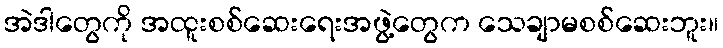
အဲဒါတွေကို အထူးစစ်ဆေးရေးအဖွဲ့တွေက သေချာမစစ်ဆေးဘူး။